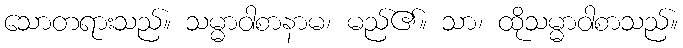
သောတရားသည်။ သမ္မာဝါစာနာမ၊ မည်၏။ သာ၊ ထိုသမ္မာဝါစာသည်။